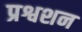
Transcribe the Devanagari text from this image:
प्रश्वशन